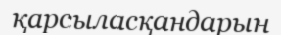
қарсыласқандарын